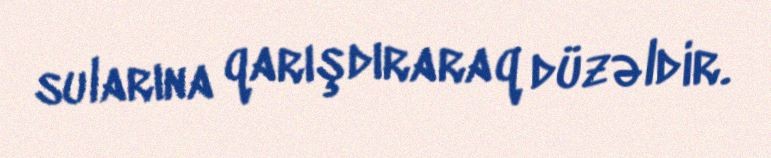
sularına qarışdıraraq düzəldir.